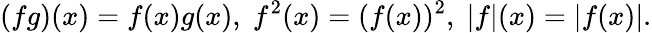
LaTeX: (fg)(x)=f(x)g(x),\; f^{2}(x)=(f(x))^{2},\; |f|(x)=|f(x)|.